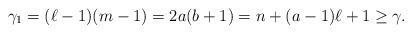
LaTeX: \begin{align*}\gamma_1=(\ell-1)(m-1)=2a(b+1)=n+(a-1)\ell+1\ge\gamma.\end{align*}